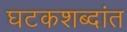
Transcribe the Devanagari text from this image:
घटकशब्दांत